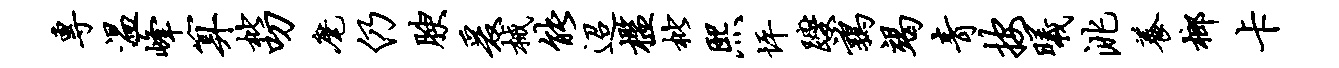
专温峰算枇叨麾仍腴爰械能迢槛枇熙坪躞鹑竭青按曦洮养榔卡